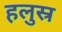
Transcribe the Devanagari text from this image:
हलुस्र